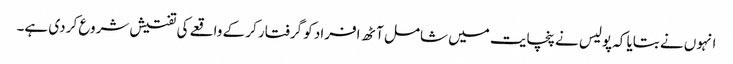
انہوں نے بتایا کہ پولیس نے پنچایت میں شامل آٹھ افراد کو گرفتار کر کے واقعے کی تفتیش شروع کر دی ہے۔